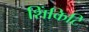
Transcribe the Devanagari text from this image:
शिंकिटि